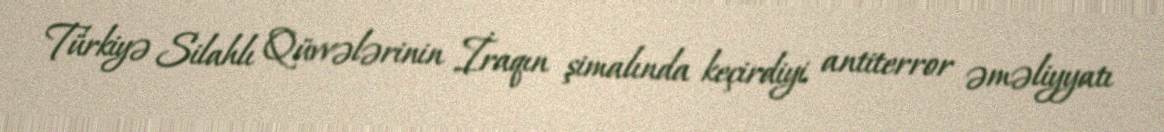
Türkiyə Silahlı Qüvvələrinin İraqın şimalında keçirdiyi antiterror əməliyyatı